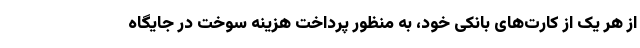
از هر یک از کارت‌های بانکی خود، به منظور پرداخت هزینه سوخت در جایگاه